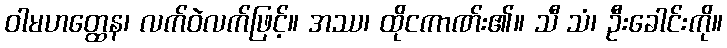
ဝါမဟတ္ထေန၊ လက်ဝဲလက်ဖြင့်။ အဿ၊ ထိုငကာဏ်း၏။ သီ သံ၊ ဦးခေါင်းကို။